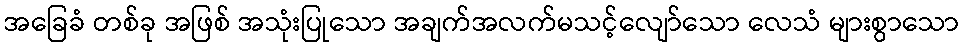
အခြေခံ တစ်ခု အဖြစ် အသုံးပြုသော အချက်အလက်မသင့်လျော်သော လေသံ များစွာသော